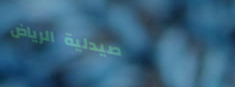
صيدلية الرياض